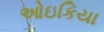
ઓઇકિયા